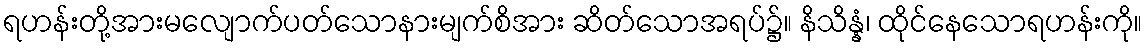
ရဟန်းတို့အားမလျောက်ပတ်သောနားမျက်စိအား ဆိတ်သောအရပ်၌။ နိသိန္နံ၊ ထိုင်နေသောရဟန်းကို။